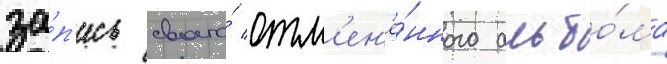
за́п'ись своего́ отм'ен'ё́нного альбо́ма